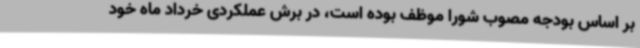
بر اساس بودجه مصوب شورا موظف بوده است، در برش عملکردی خرداد ماه خود